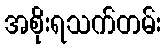
အစိုးရသက်တမ်း